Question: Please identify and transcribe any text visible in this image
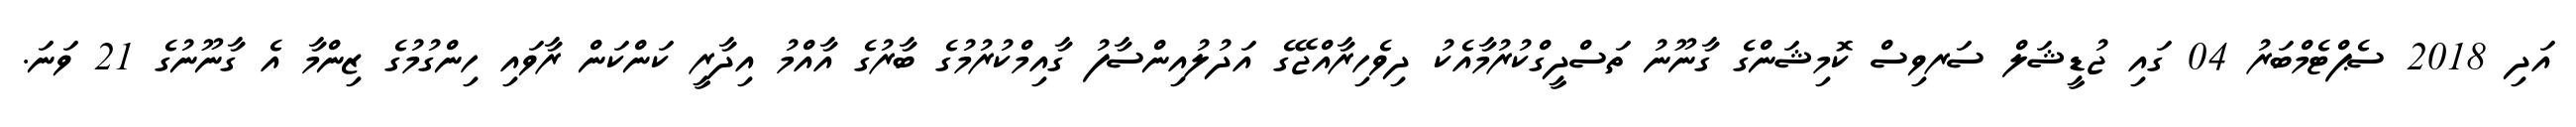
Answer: އަދި 2018 ސެޕްޓެމްބަރު 04 ގައި ޖުޑީޝަލް ސަރވިސް ކޮމިޝަންގެ ގާނޫނު ތަސްދީގްކުރުމާއެކު ދިވެހިރާއްޖޭގެ އަދުލުއިންސާފު ގާއިމްކުރުމުގެ ބާރުގެ އާއްމު އިދާރީ ކަންކަން ރާވައި ހިންގުމުގެ ޒިންމާ އެ ގާނޫނުގެ 21 ވަނަ.